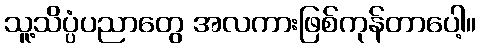
သူ့သိပ္ပံပညာတွေ အလကားဖြစ်ကုန်တာပေါ့။